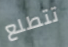
تتطلع